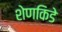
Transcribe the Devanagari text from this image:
शेणकिडे